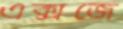
এক্সজে